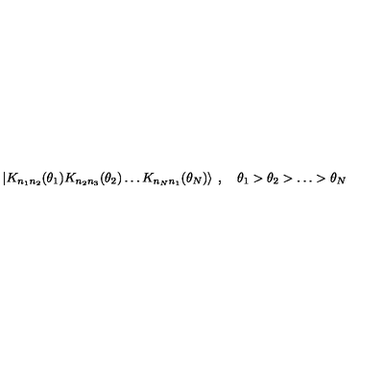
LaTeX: \left| K _ { n _ { 1 } n _ { 2 } } ( \theta _ { 1 } ) K _ { n _ { 2 } n _ { 3 } } ( \theta _ { 2 } ) \ldots K _ { n _ { N } n _ { 1 } } ( \theta _ { N } ) \right\rangle \: , \quad \theta _ { 1 } > \theta _ { 2 } > \ldots > \theta _ { N }